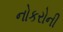
નોકરોની